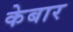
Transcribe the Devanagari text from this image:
केबार